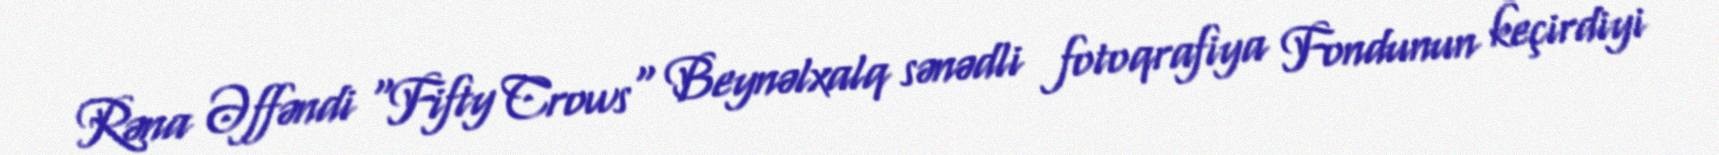
Rəna Əffəndi "Fifty Crows" Beynəlxalq sənədli fotoqrafiya Fondunun keçirdiyi